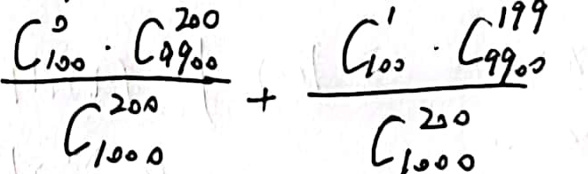
\[
\frac{C_{100}^{0} \cdot C_{9900}^{200}}{C_{10000}^{200}}+\frac{C_{100}^{1} \cdot C_{9900}^{199}}{C_{10000}^{200}}
\]